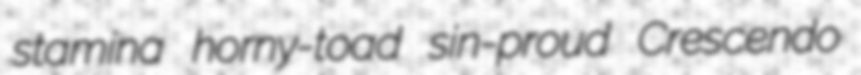
stamina horny-toad sin-proud Crescendo